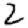
Digit: 2